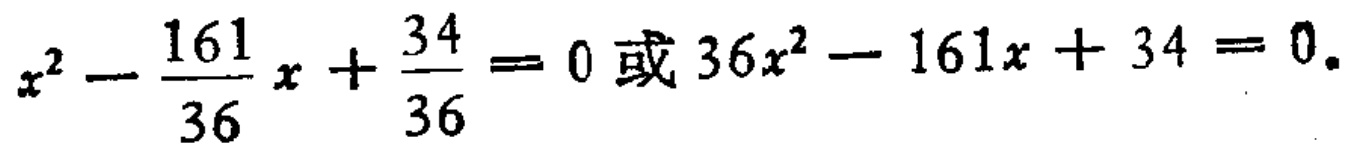
$x^{2}-\frac{161}{36}x+\frac{34}{36}=0或36x^{2}-161x + 34 = 0$